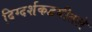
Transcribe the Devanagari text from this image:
दिग्दर्शकद्वयीतले